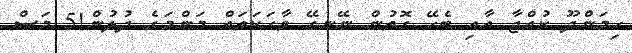
ހިމަންދޫ ކުއްޖާ އާއި ބެހޭ ގޮތުން ނޭނގޭ ވާހަކަތައް މަންމަގެ ދުލުން!5 މަސް